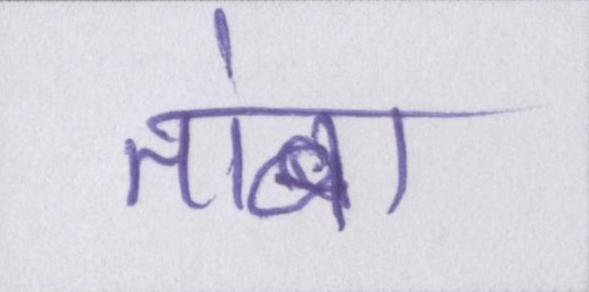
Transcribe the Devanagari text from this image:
तांबा